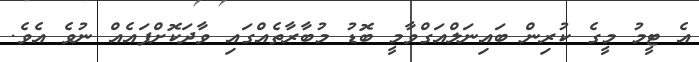
އެ ޓީމު މީގެ ކުރިން ބައިނަލްއަގްވާމީ ބޮޑު މުބާރާތެއްގައި ވާދަކޮށްފައެއް ނުވެ އެވެ.